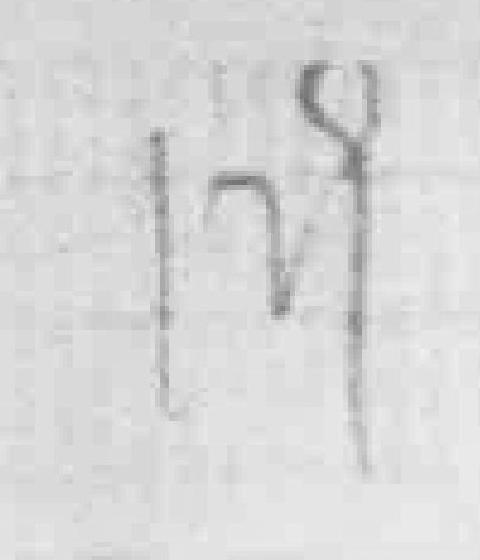
129